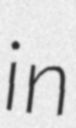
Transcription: in